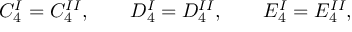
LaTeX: C _ { 4 } ^ { I } = C _ { 4 } ^ { I I } , \qquad D _ { 4 } ^ { I } = D _ { 4 } ^ { I I } , \qquad E _ { 4 } ^ { I } = E _ { 4 } ^ { I I } ,